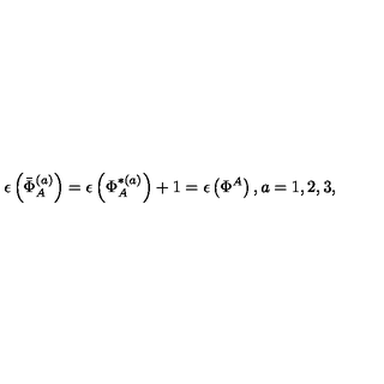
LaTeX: \epsilon \left( \bar { \Phi } _ { A } ^ { ( a ) } \right) = \epsilon \left( \Phi _ { A } ^ { * ( a ) } \right) + 1 = \epsilon \left( \Phi ^ { A } \right) , a = 1 , 2 , 3 ,